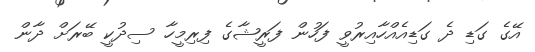
އޭގެ ގަޑި ދެ ގަޑިއެއްހާއިރުވީ ފަހުން ފަރީޝާގެ ފިރިމީހާ ސިދުކީ ބޭރަށް ދާން